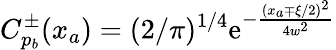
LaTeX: C_{p_{b}}^{\pm}(x_{a})=(2/\pi)^{1/4}\mathrm{e}^{-\frac{{\left(x_{a}\mp\xi/2\right)^{2}}}{{4w^{2}}}}